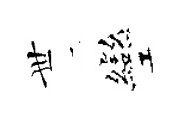
𠀍彎